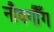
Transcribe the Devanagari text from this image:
नौवगौँग